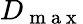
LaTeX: D_{\mathrm{~m~a~x~}}